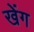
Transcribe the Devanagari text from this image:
खेंग